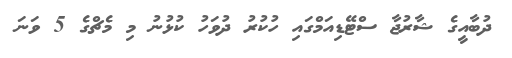
ދުބާއީގެ ޝާރުޖާ ސްޓޭޑިއަމްގައި ހުކުރު ދުވަހު ކުޅުނު މި މެޗްގެ 5 ވަނަ